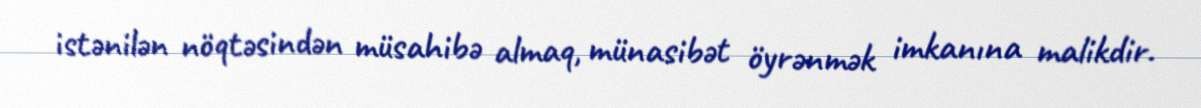
istənilən nöqtəsindən müsahibə almaq, münasibət öyrənmək imkanına malikdir.